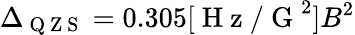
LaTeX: \Delta_{\mathrm{~Q~Z~S~}}=0.305[\mathrm{~H~z~/~G~}^{2}]B^{2}